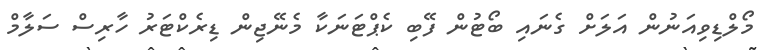
މޯލްޑިވިއަނުން އަލަށް ގެނައި ބޯޓުން ފޭބި ކެޕްޓަނަކާ މެނޭޖިން ޑިރެކްޓަރު ހާރިސް ސަލާމް